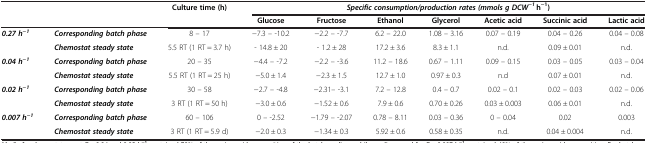
<table><thead><tr><td rowspan="2" colspan="2"><b> </b></td><td rowspan="2"><b>Culture time (h)</b></td><td colspan="7"><b><i>Specific consumption/production rates (mmols g DCW</i><sup><i>−1</i></sup> h<sup>−1</sup>)</b></td></tr><tr><td><b>Glucose</b></td><td><b>Fructose</b></td><td><b>Ethanol</b></td><td><b>Glycerol</b></td><td><b>Acetic acid</b></td><td><b>Succinic acid</b></td><td><b>Lactic acid</b></td></tr></thead><tbody><tr><td rowspan="2"><b><i>0.27 h</i></b><sup><b><i>−1</i></b></sup></td><td><b><i>Corresponding batch phase</i></b></td><td>8 – 17</td><td>−7.3 – -10.2</td><td>−2.2 – -7.7</td><td>6.2 – 22.0</td><td>1.08 – 3.16</td><td>0.07 – 0.19</td><td>0.04 – 0.26</td><td>0.04 – 0.08</td></tr><tr><td><b><i>Chemostat steady state</i></b></td><td>5.5 RT (1 RT = 3.7 h)</td><td>- 14.8 ± 20</td><td>- 1.2 ± 28</td><td>17.2 ± 3.6</td><td>8.3 ± 1.1</td><td>n.d.</td><td>0.09 ± 0.01</td><td>n.d.</td></tr><tr><td rowspan="2"><b><i>0.04 h</i></b><sup><b><i>−1</i></b></sup></td><td><b><i>Corresponding batch phase</i></b></td><td>20 – 35</td><td>−4.4 – -7.2</td><td>−2.2 – -3.6</td><td>11.2 – 18.6</td><td>0.67 – 1.11</td><td>0.09 – 0.15</td><td>0.03 – 0.05</td><td>0.03 – 0.04</td></tr><tr><td><b><i>Chemostat steady state</i></b></td><td>5.5 RT (1 RT = 25 h)</td><td>−5.0 ± 1.4</td><td>−2.3 ± 1.5</td><td>12.7 ± 1.0</td><td>0.97 ± 0.3</td><td>n.d</td><td>0.07 ± 0.01</td><td>n.d.</td></tr><tr><td rowspan="2"><b><i>0.02 h</i></b><sup><b><i>−1</i></b></sup></td><td><b><i>Corresponding batch phase</i></b></td><td>30 – 58</td><td>−2.7 – -4.8</td><td>−2.31– -3.1</td><td>7.2 – 12.8</td><td>0.4 – 0.7</td><td>0.02 – 0.1</td><td>0.02 – 0.03</td><td>0.02 – 0.06</td></tr><tr><td><b><i>Chemostat steady state</i></b></td><td>3 RT (1 RT = 50 h)</td><td>−3.0 ± 0.6</td><td>−1.52 ± 0.6</td><td>7.9 ± 0.6</td><td>0.70 ± 0.26</td><td>0.03 ± 0.003</td><td>0.06 ± 0.01</td><td>n.d.</td></tr><tr><td rowspan="2"><b><i>0.007 h</i></b><sup><b><i>−1</i></b></sup></td><td><b><i>Corresponding batch phase</i></b></td><td>60 – 106</td><td>0 – -2.52</td><td>−1.79 – -2.07</td><td>0.78 – 8.11</td><td>0.03 – 0.36</td><td>0 – 0.04</td><td>0.02</td><td>0.003</td></tr><tr><td><b><i>Chemostat steady state</i></b></td><td>3 RT (1 RT = 5.9 d)</td><td>−2.0 ± 0.3</td><td>−1.34 ± 0.3</td><td>5.92 ± 0.6</td><td>0.58 ± 0.35</td><td>n.d.</td><td>0.04 ± 0.004</td><td>n.d.</td></tr></tbody></table>